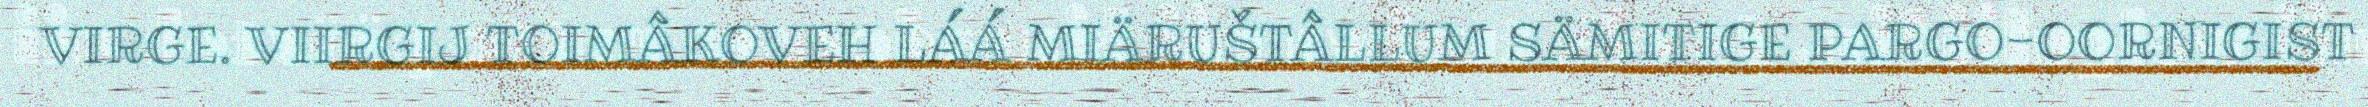
VIRGE. VIIRGIJ TOIMÂKOVEH LÁÁ MIÄRUŠTÂLLUM SÄMITIGE PARGO-OORNIGIST